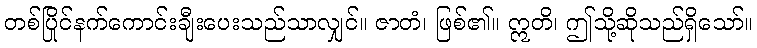
တစ်ပြိုင်နက်ကောင်းချီးပေးသည်သာလျှင်။ ဇာတံ၊ ဖြစ်၏။ ဣတိ၊ ဤသို့ဆိုသည်ရှိသော်။